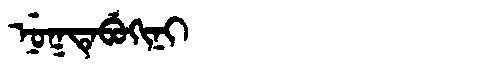
Manchu: ᠨᡠᡴᡨᡝᠪᡠᡴᡳᠨᡳ
Romanization: NUKTEBUKINI